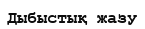
Дыбыстық жазу